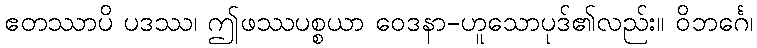
ဧတဿာပိ ပဒဿ၊ ဤဖဿပစ္စယာ ဝေဒနာ-ဟူသောပုဒ်၏လည်း။ ဝိဘင်္ဂေ၊